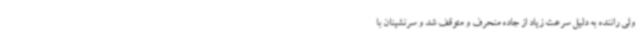
ولی راننده به دلیل سرعت زیاد از جاده منحرف و متوقف شد و سرنشینان با